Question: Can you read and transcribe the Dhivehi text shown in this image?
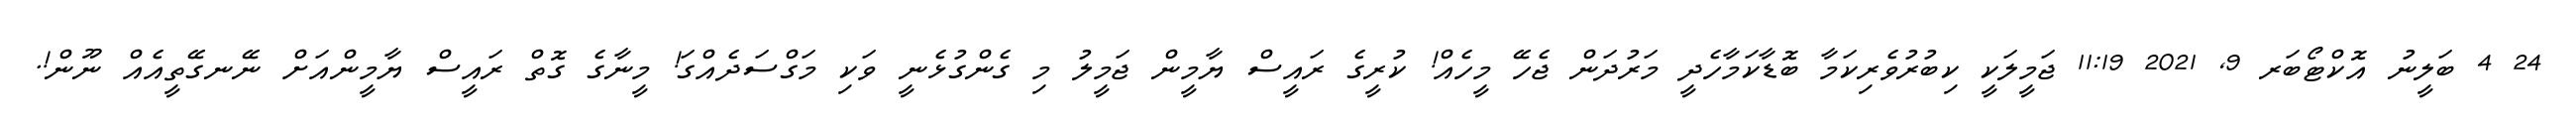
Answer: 24 4 ބަލީނު އޮކްޓޯބަރ 9, 2021 11:19 ޖަމީލަކީ ކިބުރުވެރިކަމާ ބޮޑާކަމާހެދީ މަރުދަން ޖެހޭ މީހެއް! ކުރީގެ ރައީސް ޔާމީން ޖަމީލު މި ގެންގުޅެނީ ވަކި މަގްސަދެއްގަ! މީނާގެ ގޮތް ރައީސް ޔާމީންއަށް ނޭނގޭތީއެއް ނޫން!.